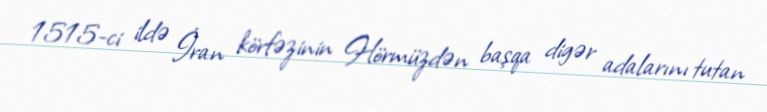
1515-ci ildə İran körfəzinin Hörmüzdən başqa digər adalarını tutan